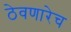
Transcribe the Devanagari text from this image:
ठेवणारेच